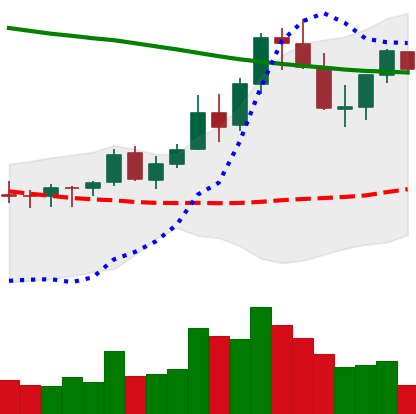
Ticker: XLM-USD
Chart end date: 2021-08-21
Forward return: -9.539%
Label: down_7plus